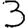
Digit: 3